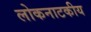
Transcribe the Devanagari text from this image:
लोकनाटकीय